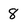
Character: 8